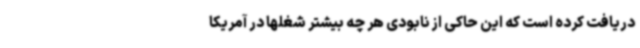
دریافت کرده است که این حاکی از نابودی هر چه بیشتر شغلها در آمریکا